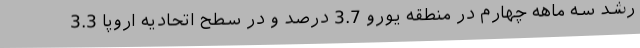
رشد سه ماهه چهارم در منطقه یورو 3.7 درصد و در سطح اتحادیه اروپا 3.3